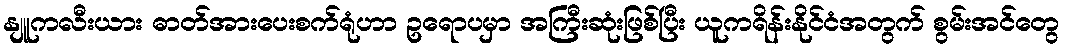
နျူကလီးယား ဓာတ်အားပေးစက်ရုံဟာ ဥရောပမှာ အကြီးဆုံးဖြစ်ပြီး ယူကရိန်းနိုင်ငံအတွက် စွမ်းအင်တွေ